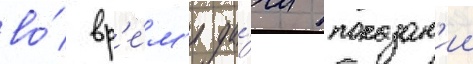
во́ вр'е́м'я да́чи показан'ии